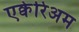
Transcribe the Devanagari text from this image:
एक्वेरिअम